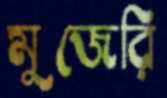
মুজেরি